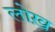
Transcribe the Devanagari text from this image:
लोख़